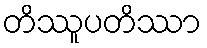
တိဿူပတိဿာ